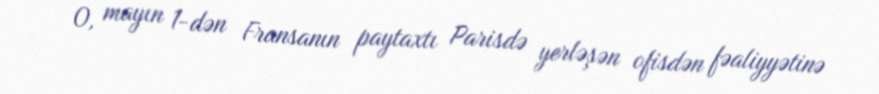
O, mayın 1-dən Fransanın paytaxtı Parisdə yerləşən ofisdən fəaliyyətinə